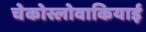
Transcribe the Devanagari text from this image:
चेकोस्लोवाकियाई